Scottish Certificate of Education, 1963
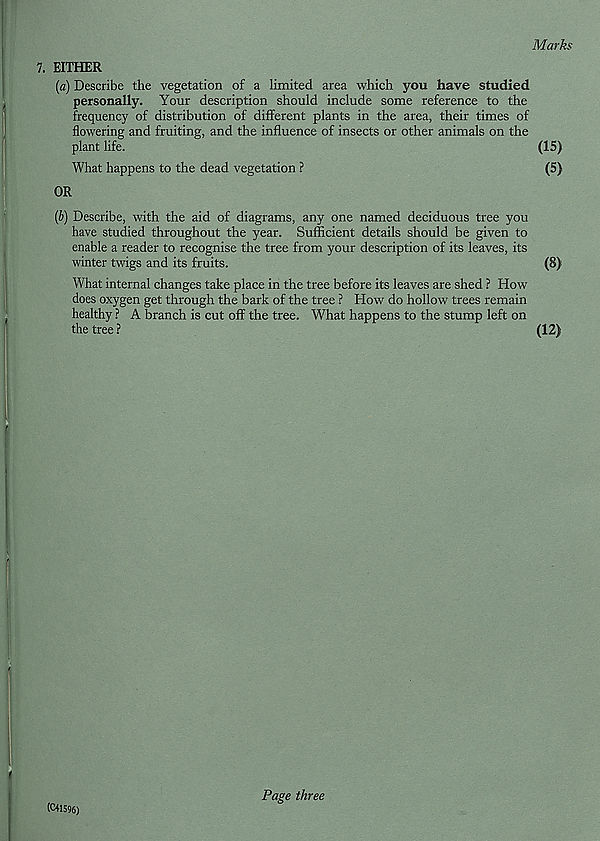
Marks
7. EITHER
(a) Describe the vegetation of a limited area which you have studied
personally. Your description should include some reference to the
frequency of distribution of different plants in the area, their times of
flowering and fruiting, and the influence of insects or other animals on the
plant life.
(15)
What happens to the dead vegetation ?
(5)
OR
(b) Describe, with the aid of diagrams, any one named deciduous tree you
have studied throughout the year. Sufficient details should be given to
enable a reader to recognise the tree from your description of its leaves, its
winter twigs and its fruits.
What internal changes take place in the tree before its leaves are shed ? How
does oxygen get through the bark of the tree ? How do hollow trees remain
healthy ? A branch is cut off the tree. What happens to the stump left on
the tree ?
(8)
(12)
(C41596)
Page three